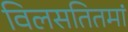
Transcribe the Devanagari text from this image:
विलसतितमां